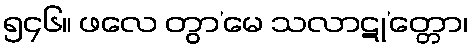
၅၄၆။ ဖလေ တွာ’မေ သလာဋု’တ္တော၊